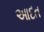
આદત